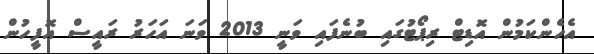
އެހެންކަމުން އޮޑިޓް ރިޕޯޓުގައި ބުނެފައި ވަނީ 2013 ވަނަ އަހަރު ރައީސް އޮފީހުން